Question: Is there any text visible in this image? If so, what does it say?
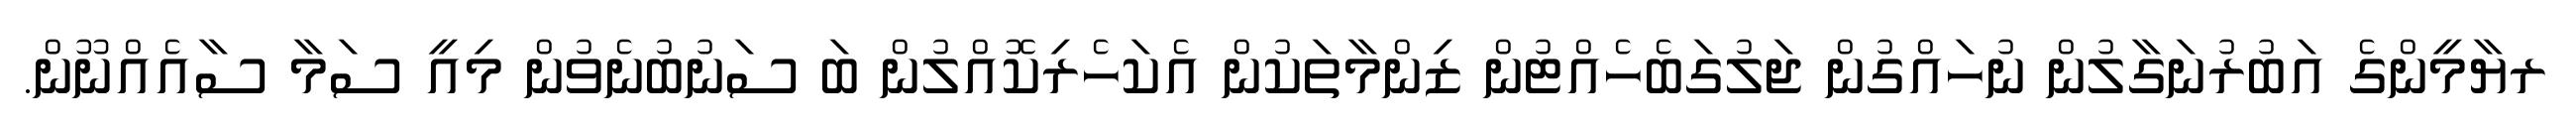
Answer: ރޔާމީންގެ އަބުރުނަގާލުން ނުހައްގުން ޖަލުގަބެހެއްޓުން ޒިންމާތަކުން އެކަހެރިކޮއްލުން ބަ ސަނުބުނެވުން މިއީ ސަމާ ސާއެއްނޫން.